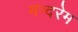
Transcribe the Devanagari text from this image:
मन्दरेम